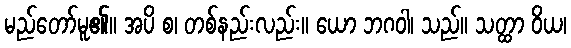
မည်တော်မူ၏။ အပိ စ၊ တစ်နည်းလည်း။ ယော ဘဂဝါ၊ သည်။ သတ္ထာ ဝိယ၊